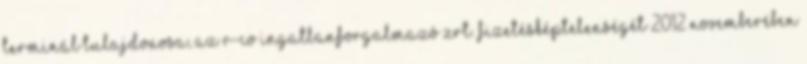
Terminál tulajdonosa, az R-Co Ingatlanforgalmazó Zrt. fizetésképtelenségét 2012 novemberében